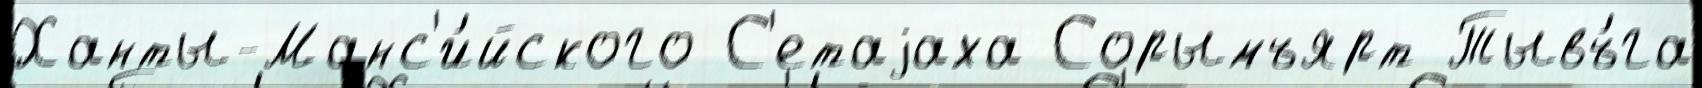
Ханты-Манс'и́йского С'етаjаха Сорымъярт Тывъ́га